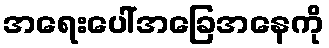
အရေးပေါ်အခြေအနေကို